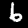
Label: 6